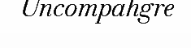
Uncompahgre